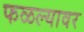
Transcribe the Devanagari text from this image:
फळल्यावर